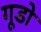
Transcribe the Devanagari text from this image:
गूडो